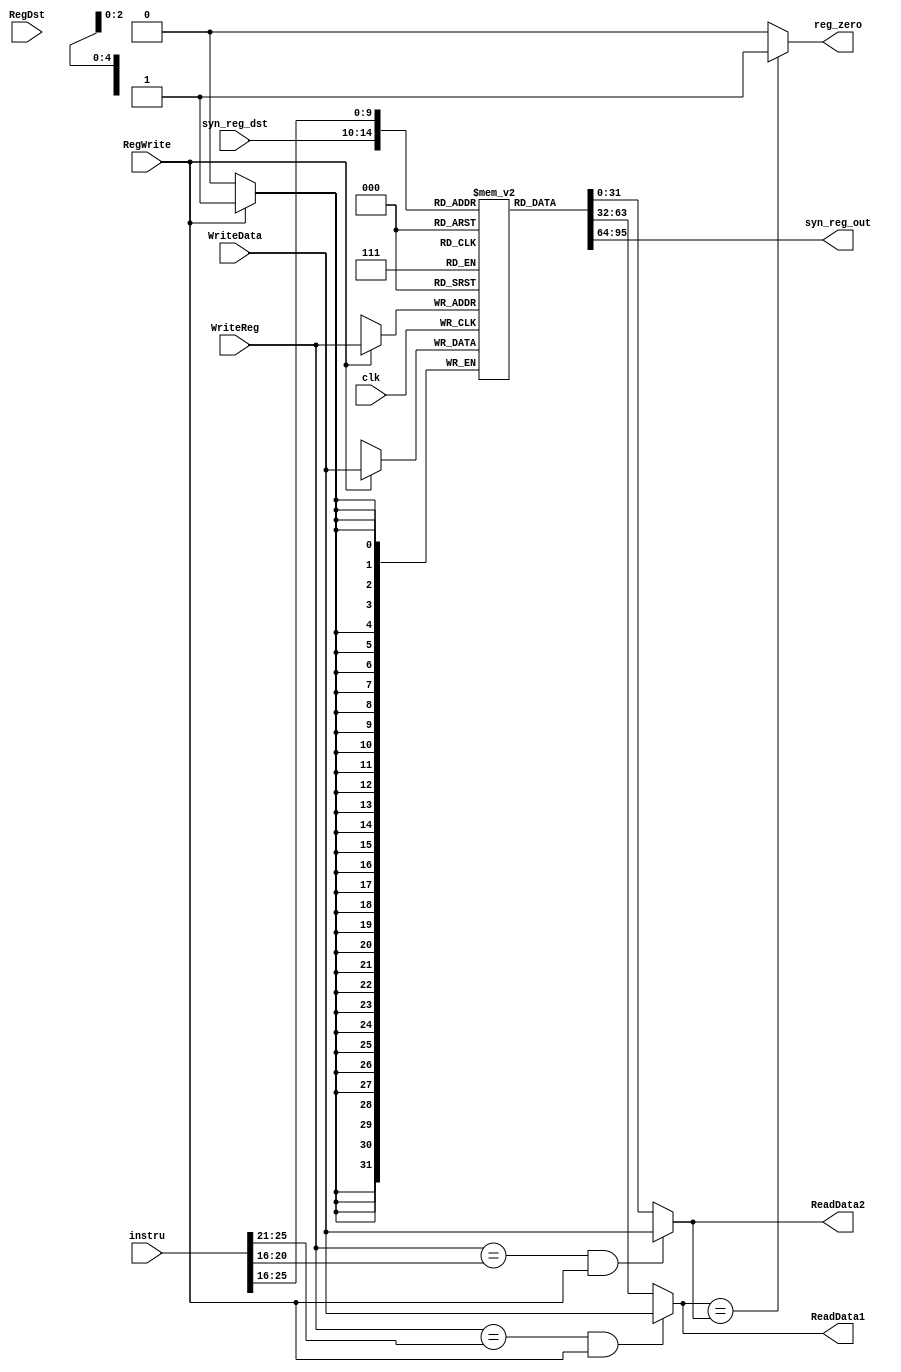
`timescale 1ns / 1ps

// in stage ID
module register(
  input clk,
  input [31:0] instru, // the raw 32-bit instruction
  input RegWrite, // from WB stage!
  input RegDst,
  input [31:0] WriteData, // from WB stage
  input [4:0] WriteReg, // from WB stage
  input [4:0] syn_reg_dst, // syn
  output reg [31:0] syn_reg_out, // syn
  output reg [31:0] ReadData1,
  output reg [31:0] ReadData2,
  output reg reg_zero // comparator result
);
 
  reg [31:0] RegData [31:0]; // register data
  
  // initialize the register data
  integer i;
  initial begin
    for(i=0;i<32;i=i+1) begin
      RegData[i] = 32'b0;
    end
  end

  always @(*)begin
    syn_reg_out = RegData[syn_reg_dst];
  end

  always @(*) begin
    if(WriteReg==instru[25:21] && RegWrite==1) begin
      ReadData1 = WriteData;
    end else begin
      ReadData1 = RegData[instru[25:21]];
    end
    
    if(WriteReg==instru[20:16] && RegWrite==1) begin
      ReadData2 = WriteData;
    end else begin
      ReadData2 = RegData[instru[20:16]];
    end
  end

  // TODO: connect EXMEMread

  always @(posedge clk) begin // RegWrite, RegDst, WriteData, instru)
    if (RegWrite == 1'b1) begin
      $display("Reg_WriteData: 0x%H | WriteReg: %d",WriteData, WriteReg);
      RegData[WriteReg] = WriteData;
    end
  end

  always @(*) begin
    if (ReadData1 == ReadData2) begin 
      reg_zero = 1;
    end else begin
      reg_zero = 0;
    end
  end

endmodule